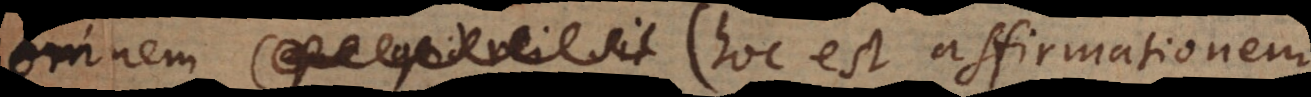
rei sit (hoc est affirmationem